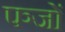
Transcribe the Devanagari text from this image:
पञ्जों